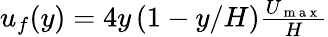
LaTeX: \begin{array}{r}{u_{f}(y)=4y\left(1-y/H\right)\frac{U_{\mathrm{~m~a~x~}}}{H}}\end{array}